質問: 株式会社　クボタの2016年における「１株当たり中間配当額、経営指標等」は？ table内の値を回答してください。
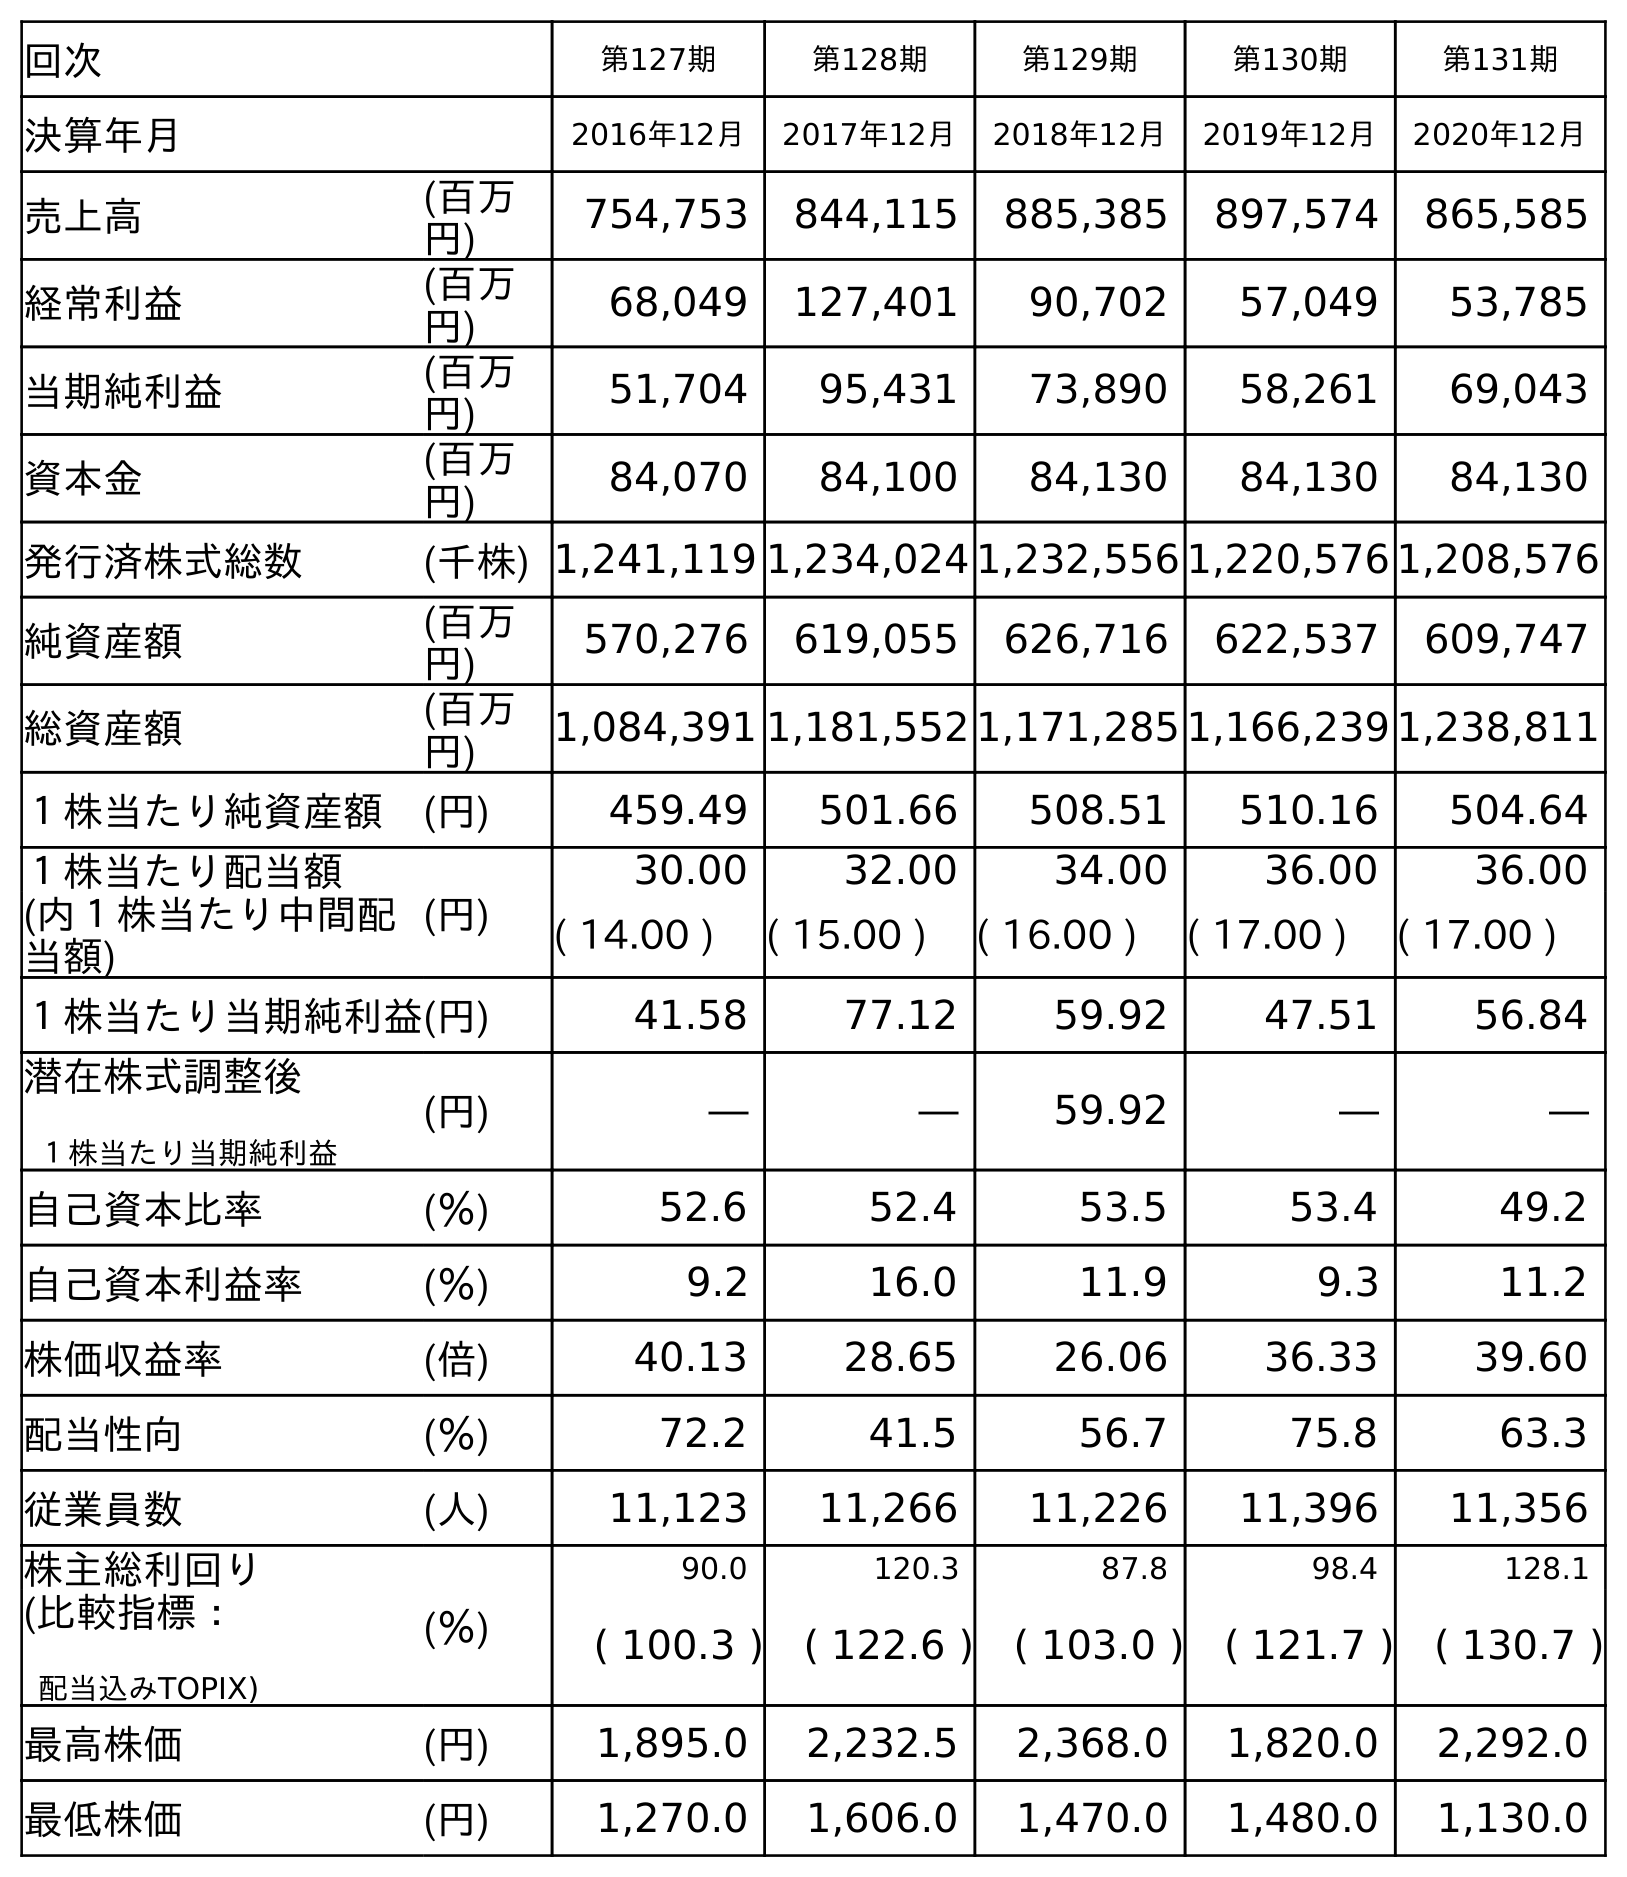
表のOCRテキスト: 回次 第127期 第128期 第129期 第130期 第131期 決算年月 2016年12月 2017年12月 2018年12月 2019年12月 2020年12月 売上高 (百万 円) 754,753 844,115 885,385 897,574 865,585 経常利益 (百万 円) 68,049 127,401 90,702 57,049 53,785 当期純利益 (百万 円) 51,704 95,431 73,890 58,261 69,043 資本金 (百万 円) 84,070 84,100 84,130 84,130 84,130 発行済株式総数 (千株) 1,241,119 1,234,024 1,232,556 1,220,576 1,208,576 純資産額 (百万 円) 570,276 619,055 626,716 622,537 609,747 総資産額 (百万 円) 1,084,391 1,181,552 1,171,285 1,166,239 1,238,811 １株当たり純資産額 (円) 459.49 501.66 508.51 510.16 504.64 １株当たり配当額 (円) 30.00 32.00 34.00 36.00 36.00 (内１株当たり中間配 当額) ( 14.00 ) ( 15.00 ) ( 16.00 ) ( 17.00 ) ( 17.00 ) １株当たり当期純利益(円) 41.58 77.12 59.92 47.51 56.84 潜在株式調整後 １株当たり当期純利益 (円) ― ― 59.92 ― ― 自己資本比率 (％) 52.6 52.4 53.5 53.4 49.2 自己資本利益率 (％) 9.2 16.0 11.9 9.3 11.2 株価収益率 (倍) 40.13 28.65 26.06 36.33 39.60 配当性向 (％) 72.2 41.5 56.7 75.8 63.3 従業員数 (人) 11,123 11,266 11,226 11,396 11,356 株主総利回り (％) 90.0 120.3 87.8 98.4 128.1 (比較指標： 配当込みTOPIX) ( 100.3 ) ( 122.6 ) ( 103.0 ) ( 121.7 ) ( 130.7 ) 最高株価 (円) 1,895.0 2,232.5 2,368.0 1,820.0 2,292.0 最低株価 (円) 1,270.0 1,606.0 1,470.0 1,480.0 1,130.0
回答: (14.00)